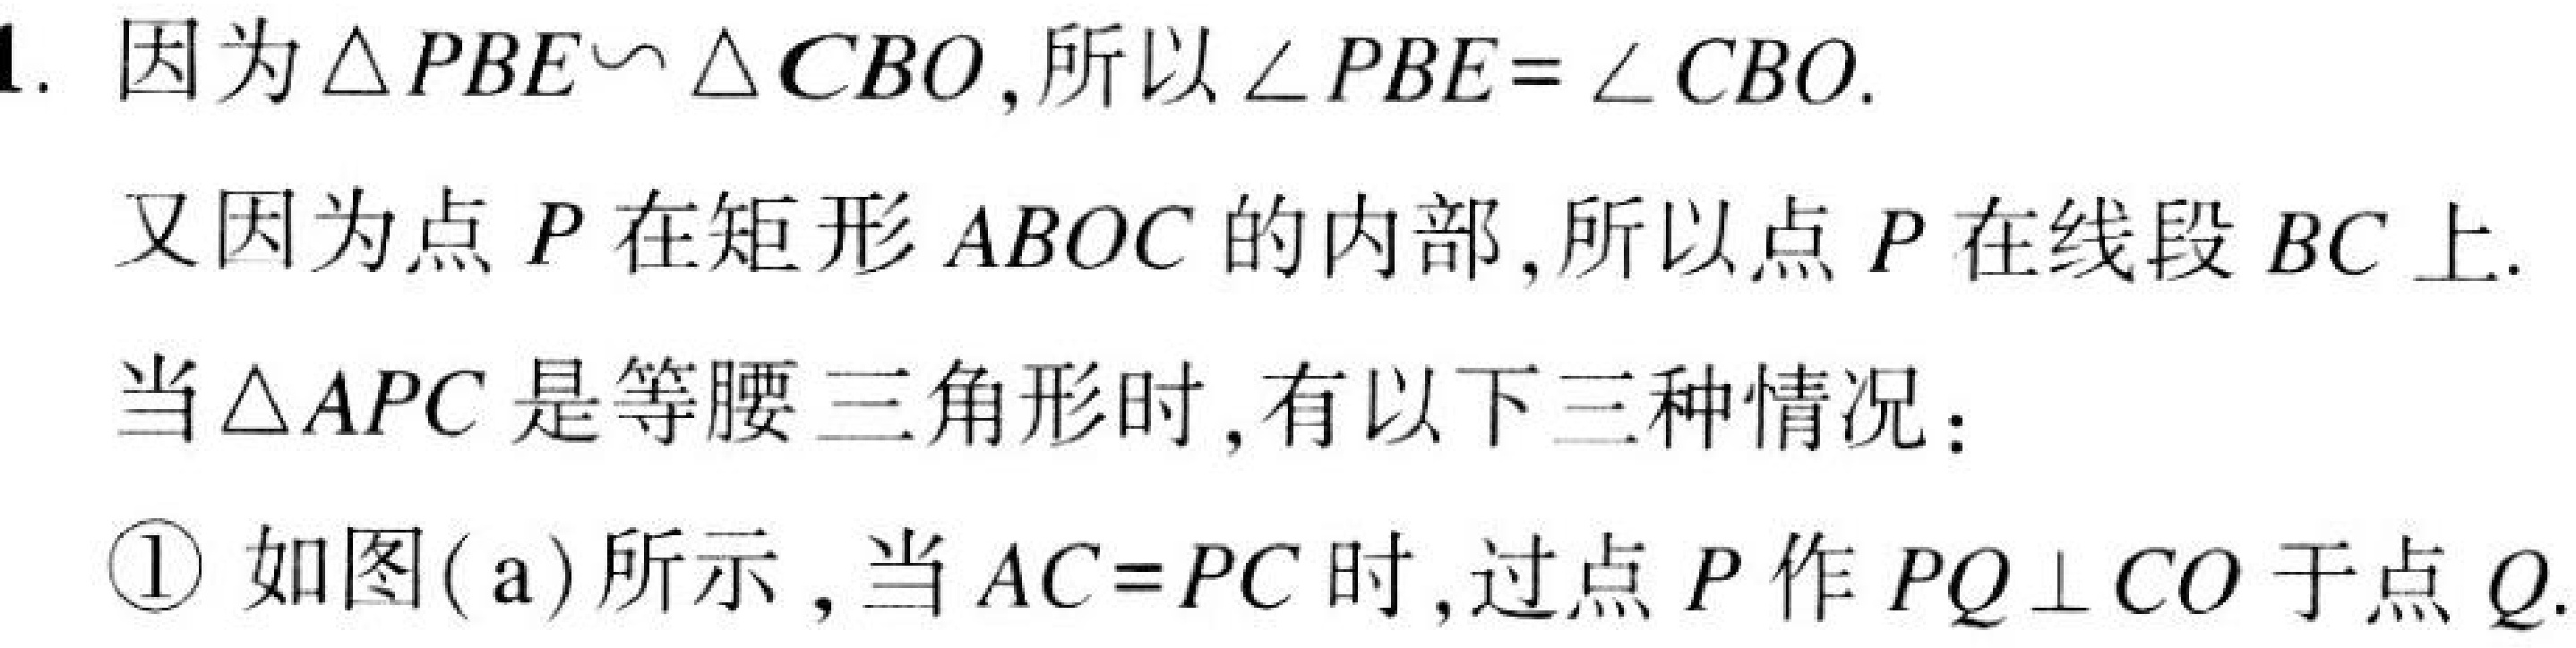
1. 因为 \(\triangle PBE\sim\triangle CBO\)，所以 \(\angle PBE = \angle CBO\).
又因为点 \(P\) 在矩形 \(ABOC\) 的内部，所以点 \(P\) 在线段 \(BC\) 上.
当 \(\triangle APC\) 是等腰三角形时，有以下三种情况：
\textcircled{1} 如图( a) 所示，当 \(AC = PC\) 时，过点 \(P\) 作 \(PQ\perp CO\) 于点 \(Q\).